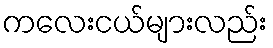
ကလေးငယ်များလည်း